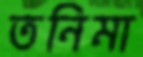
তনিমা